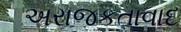
અરાજકતાવાદ